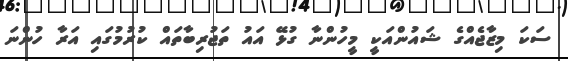
ސަކަ މިޒާޖެއްގެ ޝައުންއަކީ މީހުންނާ ގުޅޭ އައު ތަޖުރިބާތައް ކުރުމުގައި އަރާ ހުންނަ